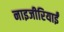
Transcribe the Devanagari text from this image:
नाइजीरियाईं